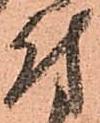
付